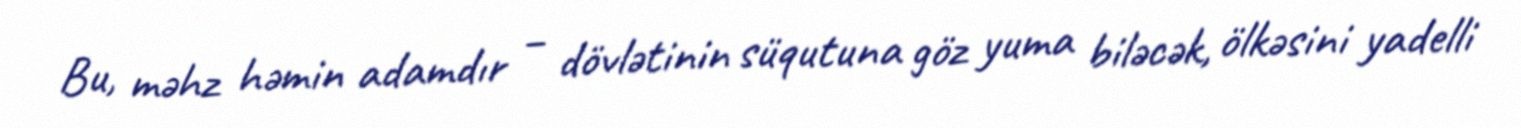
Bu, məhz həmin adamdır – dövlətinin süqutuna göz yuma biləcək, ölkəsini yadelli